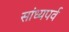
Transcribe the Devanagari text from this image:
सांध्यपर्व